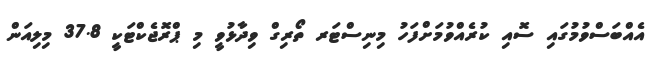
އެއްބަސްވުމުގައި ސޮއި ކުރެއްވުމަށްފަހު މިނިސްޓަރ ތޯރިގް ވިދާޅުވީ މި ޕްރޮޖެކްޓަކީ 37.8 މިލިއަން